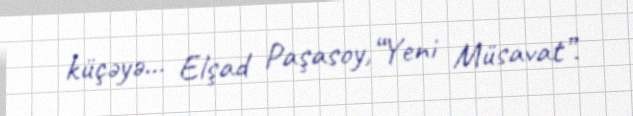
küçəyə... Elşad Paşasoy,“Yeni Müsavat”.